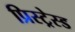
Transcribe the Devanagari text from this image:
प्रिस्ट्रेस्ड